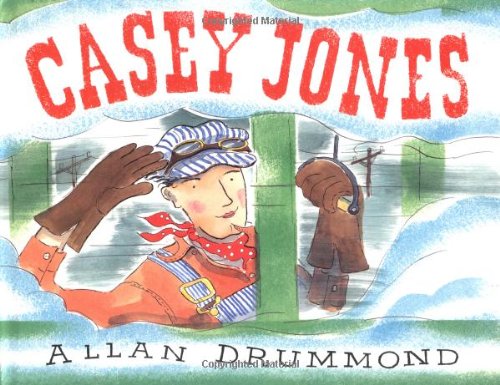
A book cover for Casey Jones; Allan Drummond; Children's Books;